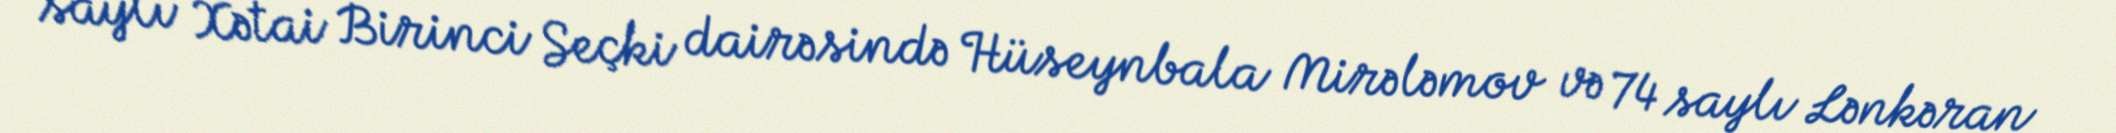
saylı Xətai Birinci Seçki dairəsində Hüseynbala Mirələmov və 74 saylı Lənkəran